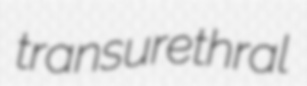
transurethral